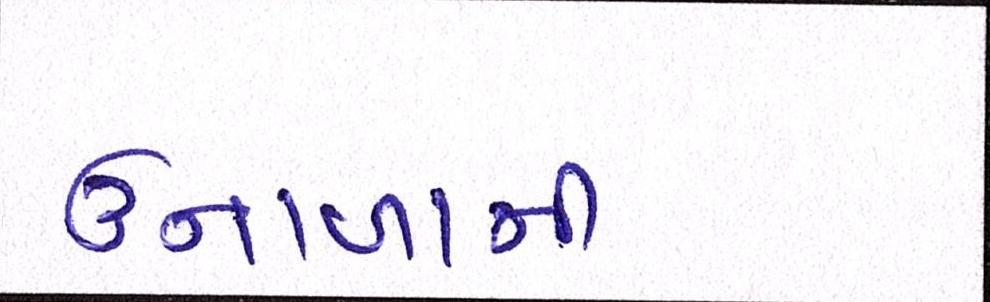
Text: ઉનાળાની